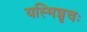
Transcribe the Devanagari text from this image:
यस्मिन्नृचः